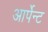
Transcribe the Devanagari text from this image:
आर्पेन्ट